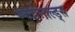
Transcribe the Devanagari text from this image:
म्च्दोनाल्ड्स